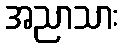
အညာသား